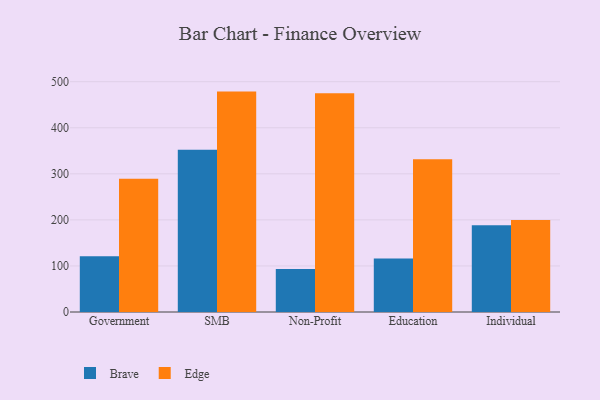
{"axis": {"x": "Segment", "y": "Gross Profit (USD K)"}, "legend": ["Brave", "Edge"], "data": [{"x": "Government", "y": 121.0, "type": "Brave"}, {"x": "Government", "y": 289.2, "type": "Edge"}, {"x": "SMB", "y": 352.5, "type": "Brave"}, {"x": "SMB", "y": 478.5, "type": "Edge"}, {"x": "Non-Profit", "y": 93.6, "type": "Brave"}, {"x": "Non-Profit", "y": 474.7, "type": "Edge"}, {"x": "Education", "y": 116.2, "type": "Brave"}, {"x": "Education", "y": 331.8, "type": "Edge"}, {"x": "Individual", "y": 188.1, "type": "Brave"}, {"x": "Individual", "y": 199.5, "type": "Edge"}]}